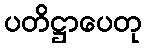
ပတိဋ္ဌာပေတု